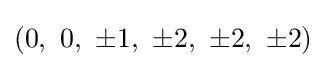
\left(0,\ 0,\ \pm 1,\ \pm 2,\ \pm 2,\ \pm 2\right)